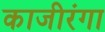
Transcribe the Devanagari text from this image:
काजीरंगा